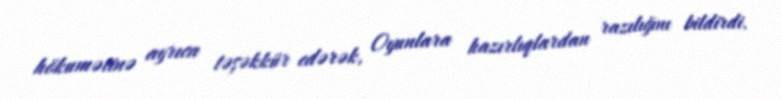
hökumətinə ayrıca təşəkkür edərək, Oyunlara hazırlıqlardan razılığını bildirdi.